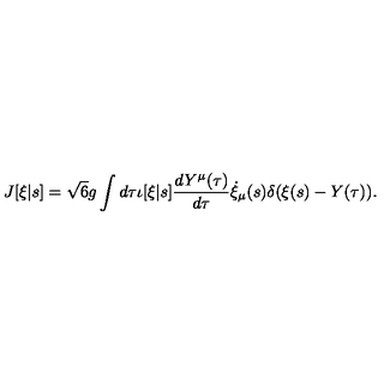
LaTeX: J [ \xi | s ] = \sqrt { 6 } g \int d \tau \iota [ \xi | s ] \frac { d Y ^ { \mu } ( \tau ) } { d \tau } \dot { \xi } _ { \mu } ( s ) \delta ( \xi ( s ) - Y ( \tau ) ) .